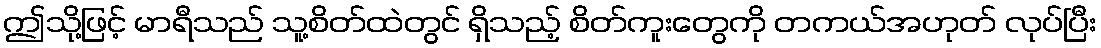
ဤသို့ဖြင့် မာရီသည် သူ့စိတ်ထဲတွင် ရှိသည့် စိတ်ကူးတွေကို တကယ်အဟုတ် လုပ်ပြီး